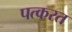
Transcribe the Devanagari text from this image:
पत्करत